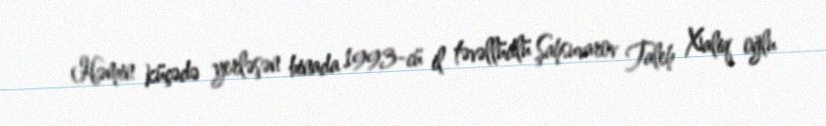
Həmin küçədə yerləşən binada 1993-cü il təvəllüdlü Şahsuvarov Taleh Xaliq oğlu